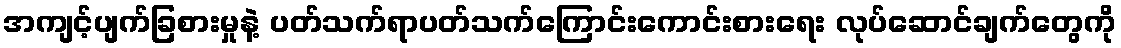
အကျင့်ပျက်ခြစားမှုနဲ့ ပတ်သက်ရာပတ်သက်ကြောင်းကောင်းစားရေး လုပ်ဆောင်ချက်တွေကို